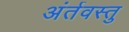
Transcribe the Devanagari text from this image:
अंर्तवस्तु